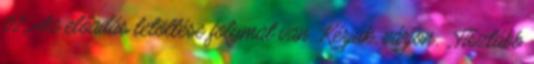
02. Az előadás letöltése folymat van. Kérjük, várjon. „Tisztább